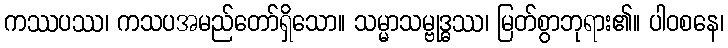
ကဿပဿ၊ ကသပအမည်တော်ရှိသော။ သမ္မာသမ္ဗုဒ္ဓဿ၊ မြတ်စွာဘုရား၏။ ပါဝစနေ၊